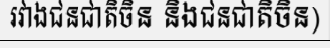
រវាងជនជាតិចិន និងជនជាតិចិន)